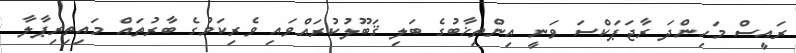
ރައީސް މަހިންދަ ރާޖަޕަކްސަ ވަނީ އިންތިޚާބުގެ ބަލި ޤަބޫލުކުރައްވައި ވެރިކަމުގެ ބާރުތައް މައިތިރިޕާލާ